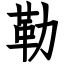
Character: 勒